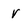
Character: v